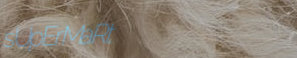
sUpErMaRt